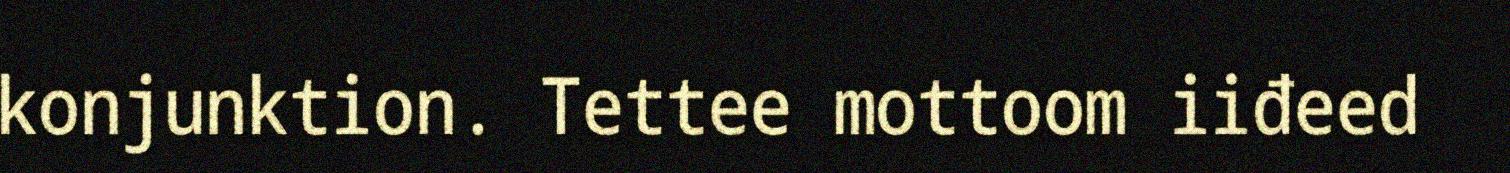
konjunktion. Tettee mottoom iiđeed